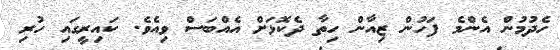
ހެދުމުން އެންމެ ފަހުން ޒިއާން ހިތާ ދެކޮޅަށް އެއްބަސް ވިއެވެ. ކައިރީގައި ހުރި